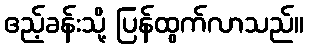
ဧည့်ခန်းသို့ ပြန်ထွက်လာသည်။